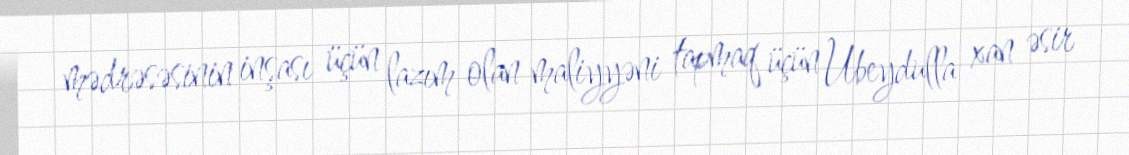
mədrəsəsinin inşası üçün lazım olan maliyyəni tapmaq üçün Ubeydulla xan əsir